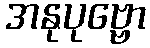
အနုပုဗ္ဗော